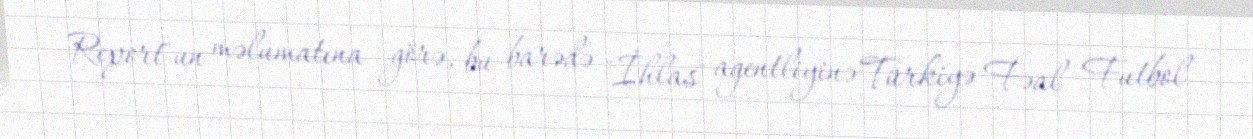
Report"un məlumatına görə, bu barədə "İhlas" agentliyinə Türkiyə Fəal Futbol